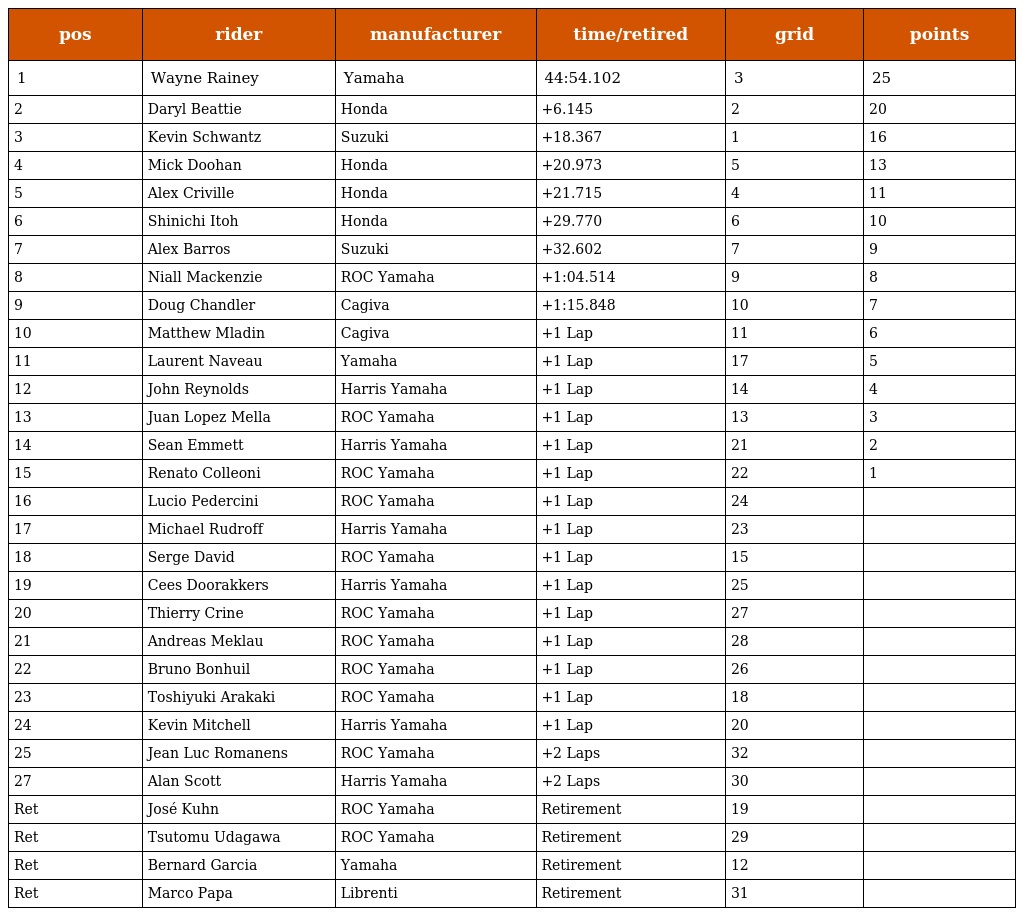
| pos | rider | manufacturer | time/retired | grid | points |
 | --- | --- | --- | --- | --- | --- |
 | 1 | Wayne Rainey | Yamaha | 44:54.102 | 3 | 25 |
 | 2 | Daryl Beattie | Honda | +6.145 | 2 | 20 |
 | 3 | Kevin Schwantz | Suzuki | +18.367 | 1 | 16 |
 | 4 | Mick Doohan | Honda | +20.973 | 5 | 13 |
 | 5 | Alex Criville | Honda | +21.715 | 4 | 11 |
 | 6 | Shinichi Itoh | Honda | +29.770 | 6 | 10 |
 | 7 | Alex Barros | Suzuki | +32.602 | 7 | 9 |
 | 8 | Niall Mackenzie | ROC Yamaha | +1:04.514 | 9 | 8 |
 | 9 | Doug Chandler | Cagiva | +1:15.848 | 10 | 7 |
 | 10 | Matthew Mladin | Cagiva | +1 Lap | 11 | 6 |
 | 11 | Laurent Naveau | Yamaha | +1 Lap | 17 | 5 |
 | 12 | John Reynolds | Harris Yamaha | +1 Lap | 14 | 4 |
 | 13 | Juan Lopez Mella | ROC Yamaha | +1 Lap | 13 | 3 |
 | 14 | Sean Emmett | Harris Yamaha | +1 Lap | 21 | 2 |
 | 15 | Renato Colleoni | ROC Yamaha | +1 Lap | 22 | 1 |
 | 16 | Lucio Pedercini | ROC Yamaha | +1 Lap | 24 |  |
 | 17 | Michael Rudroff | Harris Yamaha | +1 Lap | 23 |  |
 | 18 | Serge David | ROC Yamaha | +1 Lap | 15 |  |
 | 19 | Cees Doorakkers | Harris Yamaha | +1 Lap | 25 |  |
 | 20 | Thierry Crine | ROC Yamaha | +1 Lap | 27 |  |
 | 21 | Andreas Meklau | ROC Yamaha | +1 Lap | 28 |  |
 | 22 | Bruno Bonhuil | ROC Yamaha | +1 Lap | 26 |  |
 | 23 | Toshiyuki Arakaki | ROC Yamaha | +1 Lap | 18 |  |
 | 24 | Kevin Mitchell | Harris Yamaha | +1 Lap | 20 |  |
 | 25 | Jean Luc Romanens | ROC Yamaha | +2 Laps | 32 |  |
 | 27 | Alan Scott | Harris Yamaha | +2 Laps | 30 |  |
 | Ret | José Kuhn | ROC Yamaha | Retirement | 19 |  |
 | Ret | Tsutomu Udagawa | ROC Yamaha | Retirement | 29 |  |
 | Ret | Bernard Garcia | Yamaha | Retirement | 12 |  |
 | Ret | Marco Papa | Librenti | Retirement | 31 |  |